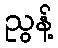
ညွန့်